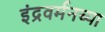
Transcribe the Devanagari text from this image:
इंद्रवर्मनच्या